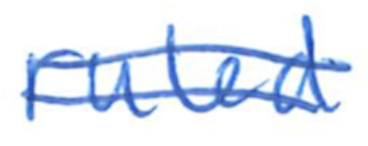
Text: ruled
Cross-out: mix
Writing tool: ballpoint